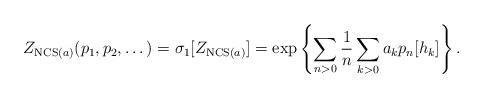
LaTeX: \begin{align*}Z_{\mathrm{NCS}(a)}(p_1,p_2,\dots)=\sigma_1[Z_{\mathrm{NCS}(a)}]=\exp\left\{\sum_{n>0}\frac{1}n\sum_{k>0}a_kp_n[h_k]\right\}.\end{align*}